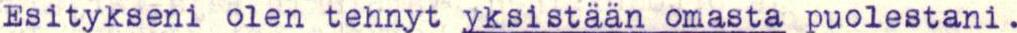
Esitykseni olen tehnyt yksistään omasta puolestani.